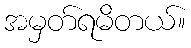
အမှတ်ရမိတယ်။